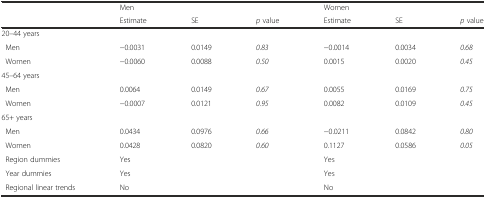
|  | <COLSPAN=3> Men | <COLSPAN=3> Women |
 |  | Estimate | SE | p value | Estimate | SE | p value |
 | --- | --- | --- | --- | --- | --- | --- |
 | 20–44 years |  |  |  |  |  |  |
 | Men | −0.0031 | 0.0149 | 0.83 | −0.0014 | 0.0034 | 0.68 |
 | Women | −0.0060 | 0.0088 | 0.50 | 0.0015 | 0.0020 | 0.45 |
 | 45–64 years |  |  |  |  |  |  |
 | Men | 0.0064 | 0.0149 | 0.67 | 0.0055 | 0.0169 | 0.75 |
 | Women | −0.0007 | 0.0121 | 0.95 | 0.0082 | 0.0109 | 0.45 |
 | 65+ years |  |  |  |  |  |  |
 | Men | 0.0434 | 0.0976 | 0.66 | −0.0211 | 0.0842 | 0.80 |
 | Women | 0.0428 | 0.0820 | 0.60 | 0.1127 | 0.0586 | 0.05 |
 | Region dummies | <COLSPAN=3> Yes | <COLSPAN=3> Yes |
 | Year dummies | <COLSPAN=3> Yes | <COLSPAN=3> Yes |
 | Regional linear trends | <COLSPAN=3> No | <COLSPAN=3> No |